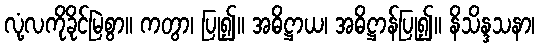
လုံ့လကိုခိုင်မြဲစွာ။ ကတွာ၊ ပြု၍။ အဓိဋ္ဌာယ၊ အဓိဋ္ဌာန်ပြု၍။ နိသိန္ဒသနာ၊